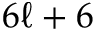
6 \ell + 6